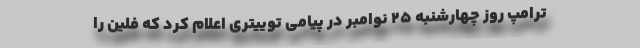
ترامپ روز چهارشنبه ۲۵ نوامبر در پیامی توییتری اعلام کرد که فلین را